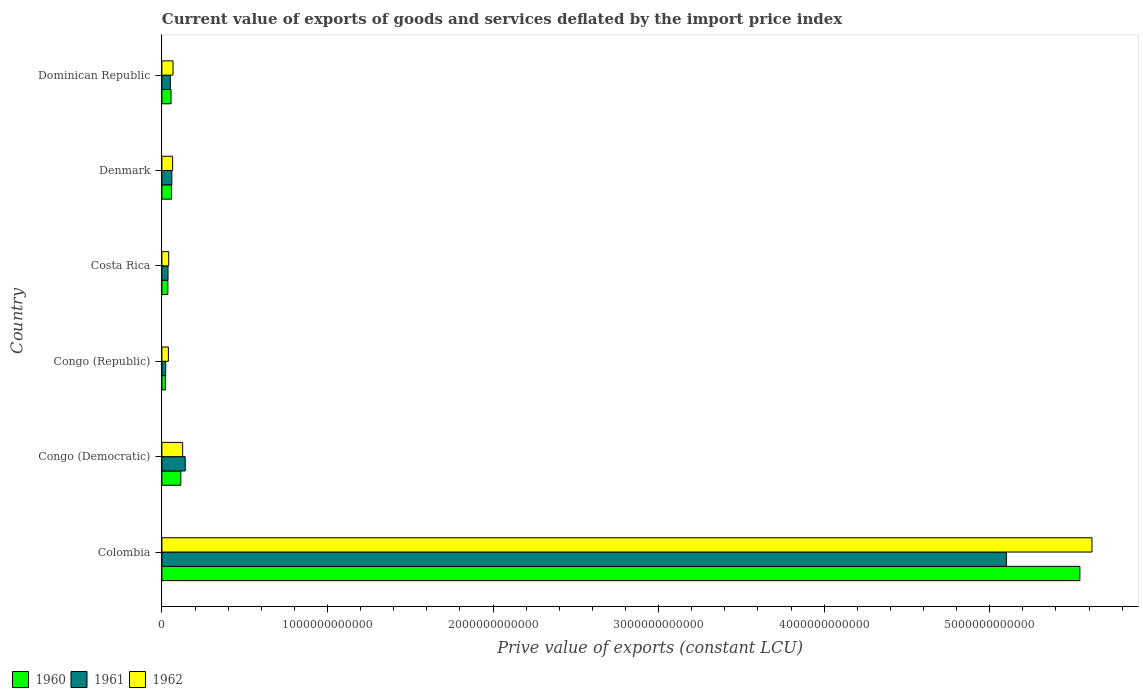
| Country | 1960 | 1961 | 1962 |
 | --- | --- | --- | --- |
 | Colombia | 5.54e+12 | 5.1e+12 | 5.62e+12 |
 | Congo (Democratic) | 1.14e+11 | 1.41e+11 | 1.25e+11 |
 | Congo (Republic) | 2.11e+10 | 2.29e+10 | 3.92e+10 |
 | Costa Rica | 3.6e+10 | 3.69e+10 | 4.1e+10 |
 | Denmark | 5.84e+10 | 6.01e+10 | 6.47e+10 |
 | Dominican Republic | 5.53e+10 | 5.08e+10 | 6.7e+10 |